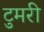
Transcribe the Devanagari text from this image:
टुमरी